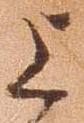
上